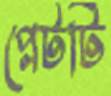
প্লেটটি